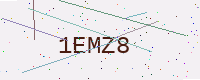
Text: 1EMZ8